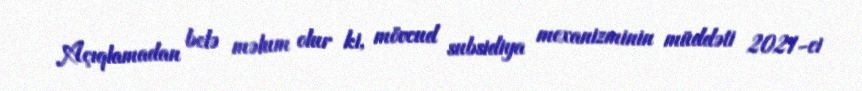
Açıqlamadan belə məlum olur ki, mövcud subsidiya mexanizminin müddəti 2021-ci